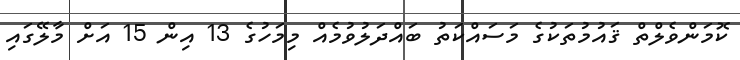
ކޮމަންވެލްތް ޤައުމުތަކުގެ މަސައްކަތު ބައްދަލުވުމެއް މިމަހުގެ 13 އިން 15 އަށް މާލޭގައި